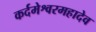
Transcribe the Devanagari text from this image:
कर्दमेश्वरमहादेव